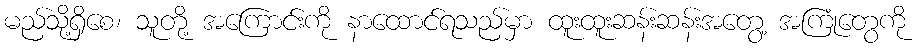
မည်သို့ရှိစေ၊ သူတို့ အကြောင်းကို နာထောင်ရသည်မှာ ထူးထူးဆန်းဆန်းအတွေ့ အကြုံတွေကို